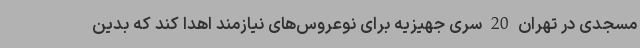
مسجدی در تهران 20 سری جهیزیه برای نوعروس‌های نیازمند اهدا کند که بدین